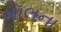
બૉલના